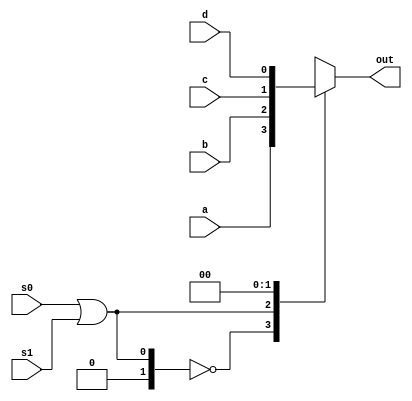
module mux_4X1 ( a, b, c, d, s0, s1, out);

input wire a, b, c, d;
input wire s0, s1;
output reg out;

always @ (a or b or c or d or s0, s1)
begin

case (s0 | s1)
2'b00 : out <= a;
2'b01 : out <= b;
2'b10 : out <= c;
2'b11 : out <= d;
endcase

end
endmodule